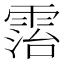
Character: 𩃦